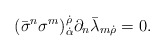
\begin{align*}(\bar{\sigma}^{n}\sigma^{m})^{\dot{\rho}}_{\dot{\alpha}}\partial_{n}\bar{\lambda}_{m \dot{\rho}} = 0 . \end{align*}